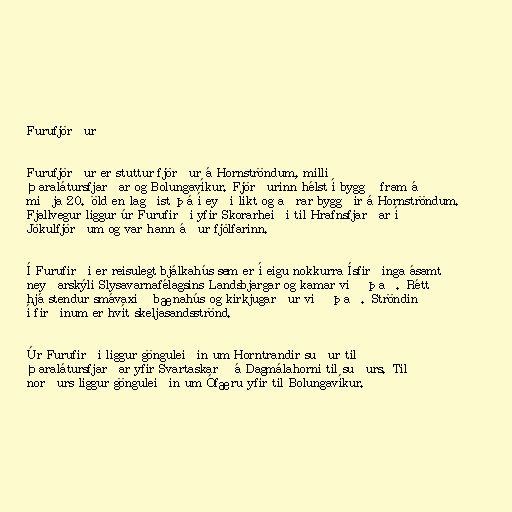
Furufjörður

Furufjörður er stuttur fjörður á Hornströndum, milli
Þaralátursfjarðar og Bolungavíkur. Fjörðurinn hélst í byggð fram á
miðja 20. öld en lagðist þá í eyði líkt og aðrar byggðir á Hornströndum.
Fjallvegur liggur úr Furufirði yfir Skorarheiði til Hrafnsfjarðar í
Jökulfjörðum og var hann áður fjölfarinn.

Í Furufirði er reisulegt bjálkahús sem er í eigu nokkurra Ísfirðinga ásamt
neyðarskýli Slysavarnafélagsins Landsbjargar og kamar við það. Rétt
hjá stendur smávaxið bænahús og kirkjugarður við það. Ströndin
í firðinum er hvít skeljasandsströnd.

Úr Furufirði liggur gönguleiðin um Horntrandir suður til
Þaralátursfjarðar yfir Svartaskarð á Dagmálahorni til suðurs. Til
norðurs liggur gönguleiðin um Ófæru yfir til Bolungavíkur.